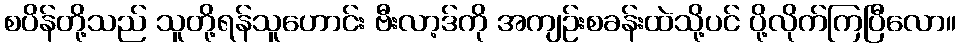
စပိန်တို့သည် သူတို့ရန်သူဟောင်း ဗီးလာ့ဒ်ကို အကျဉ်းစခန်းထဲသို့ပင် ပို့လိုက်ကြပြီလော။